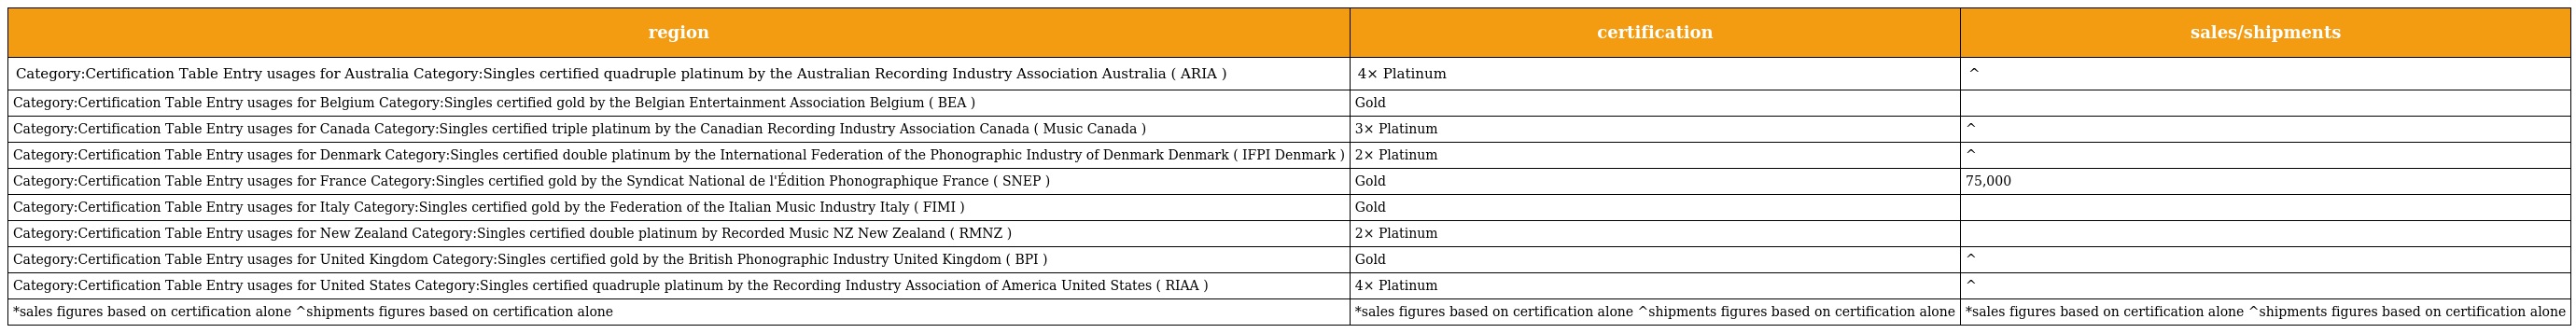
| region | certification | sales/shipments |
 | --- | --- | --- |
 | Category:Certification Table Entry usages for Australia Category:Singles certified quadruple platinum by the Australian Recording Industry Association Australia ( ARIA ) | 4× Platinum | ^ |
 | Category:Certification Table Entry usages for Belgium Category:Singles certified gold by the Belgian Entertainment Association Belgium ( BEA ) | Gold |  |
 | Category:Certification Table Entry usages for Canada Category:Singles certified triple platinum by the Canadian Recording Industry Association Canada ( Music Canada ) | 3× Platinum | ^ |
 | Category:Certification Table Entry usages for Denmark Category:Singles certified double platinum by the International Federation of the Phonographic Industry of Denmark Denmark ( IFPI Denmark ) | 2× Platinum | ^ |
 | Category:Certification Table Entry usages for France Category:Singles certified gold by the Syndicat National de l'Édition Phonographique France ( SNEP ) | Gold | 75,000 |
 | Category:Certification Table Entry usages for Italy Category:Singles certified gold by the Federation of the Italian Music Industry Italy ( FIMI ) | Gold |  |
 | Category:Certification Table Entry usages for New Zealand Category:Singles certified double platinum by Recorded Music NZ New Zealand ( RMNZ ) | 2× Platinum |  |
 | Category:Certification Table Entry usages for United Kingdom Category:Singles certified gold by the British Phonographic Industry United Kingdom ( BPI ) | Gold | ^ |
 | Category:Certification Table Entry usages for United States Category:Singles certified quadruple platinum by the Recording Industry Association of America United States ( RIAA ) | 4× Platinum | ^ |
 | *sales figures based on certification alone ^shipments figures based on certification alone | *sales figures based on certification alone ^shipments figures based on certification alone | *sales figures based on certification alone ^shipments figures based on certification alone |